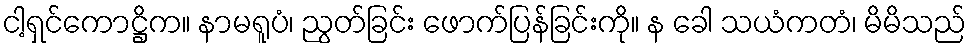
ငါ့ရှင်ကောဋ္ဌိက။ နာမရူပံ၊ ညွတ်ခြင်း ဖောက်ပြန်ခြင်းကို။ န ခေါ သယံကတံ၊ မိမိသည်